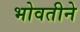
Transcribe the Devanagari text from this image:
भोवतीने